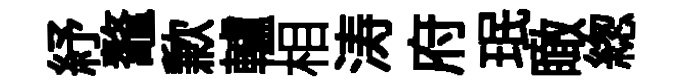
紓鼇歉轤相涛府珉瞰緫